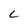
Character: C